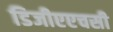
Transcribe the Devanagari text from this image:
डिजीएएचसी